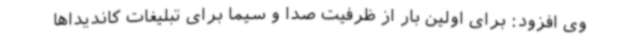
وی افزود: برای اولین بار از ظرفیت صدا و سیما برای تبلیغات کاندیداها